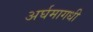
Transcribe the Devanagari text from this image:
अर्घमागधी